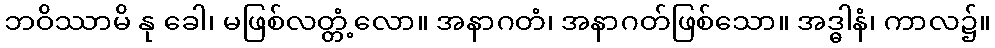
ဘဝိဿာမိ နု ခေါ၊ မဖြစ်လတ္တံ့လော။ အနာဂတံ၊ အနာဂတ်ဖြစ်သော။ အဒ္ဓါနံ၊ ကာလ၌။